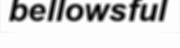
bellowsful